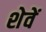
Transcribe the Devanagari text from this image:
शेवें